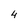
Character: 4